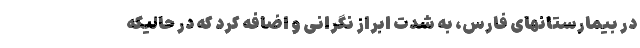
در بیمارستانهای فارس، به شدت ابراز نگرانی و اضافه کرد که در حالیکه